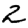
Digit: 2